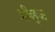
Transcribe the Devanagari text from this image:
ग्रीव्ह्‌ज